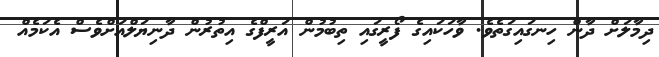
ދިމާލަށް ދާން ހިނގައިގަތެވެ. ވާހަކައިގެ ފޯރީގައި ތިބުމުން އަރީފްގެ އިތުރުން ދާނިޔަލްއަށްވެސް އެކަމެއް